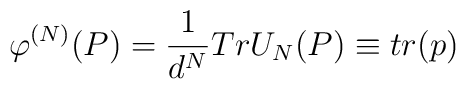
\varphi ^{\left( N\right) }(P)=\frac{1}{d^{N}}TrU_{N}(P)\equiv tr(p)